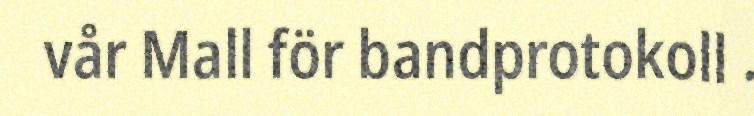
vår Mall för bandprotokoll .